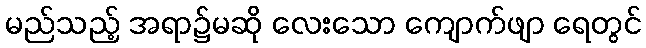
မည်သည့် အရာ၌မဆို လေးသော ကျောက်ဖျာ ရေတွင်